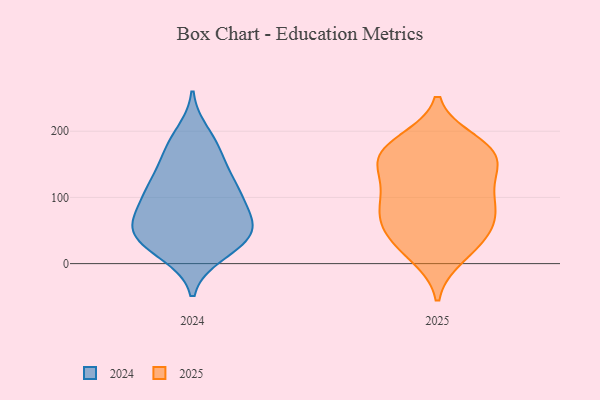
{"axis": {"x": "Operating Costs (USD K)", "y": "Value"}, "legend": ["2024", "2025"], "data": [{"x": "", "y": 112, "type": "2024"}, {"x": "", "y": 65, "type": "2024"}, {"x": "", "y": 128, "type": "2024"}, {"x": "", "y": 177, "type": "2024"}, {"x": "", "y": 91, "type": "2024"}, {"x": "", "y": 113, "type": "2024"}, {"x": "", "y": 95, "type": "2024"}, {"x": "", "y": 196, "type": "2024"}, {"x": "", "y": 42, "type": "2024"}, {"x": "", "y": 38, "type": "2024"}, {"x": "", "y": 52, "type": "2024"}, {"x": "", "y": 66, "type": "2024"}, {"x": "", "y": 116, "type": "2024"}, {"x": "", "y": 56, "type": "2024"}, {"x": "", "y": 15, "type": "2024"}, {"x": "", "y": 152, "type": "2024"}, {"x": "", "y": 17, "type": "2024"}, {"x": "", "y": 173, "type": "2024"}, {"x": "", "y": 32, "type": "2024"}, {"x": "", "y": 52, "type": "2024"}, {"x": "", "y": 171, "type": "2025"}, {"x": "", "y": 63, "type": "2025"}, {"x": "", "y": 126, "type": "2025"}, {"x": "", "y": 57, "type": "2025"}, {"x": "", "y": 78, "type": "2025"}, {"x": "", "y": 184, "type": "2025"}, {"x": "", "y": 59, "type": "2025"}, {"x": "", "y": 162, "type": "2025"}, {"x": "", "y": 12, "type": "2025"}, {"x": "", "y": 27, "type": "2025"}, {"x": "", "y": 150, "type": "2025"}, {"x": "", "y": 88, "type": "2025"}, {"x": "", "y": 168, "type": "2025"}, {"x": "", "y": 106, "type": "2025"}, {"x": "", "y": 176, "type": "2025"}, {"x": "", "y": 27, "type": "2025"}, {"x": "", "y": 145, "type": "2025"}, {"x": "", "y": 99, "type": "2025"}]}